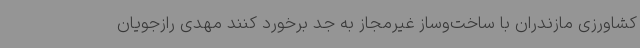
کشاورزی مازندران با ساخت‌وساز غیرمجاز به جد برخورد کنند مهدی رازجویان